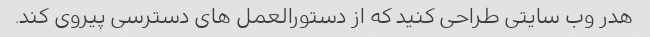
هدر وب سایتی طراحی کنید که از دستورالعمل های دسترسی پیروی کند.